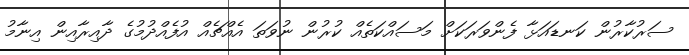
ސަރުކާރުން ކަނޑައަޅާ ފެންވަރަކަށް މަސައްކަތެއް ކުރުން ނުވަތަ އެއްޗެއް އުފެއްދުމުގެ ދާއިރާއިން އިނާމު